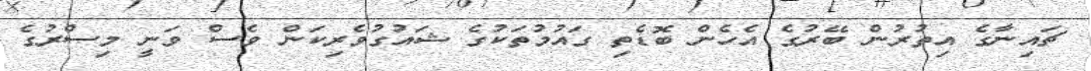
ޗައިނާގެ އިތުރުން ބޭރުގެ އެހެން ބޮޑެތި ގައުމުތަކުގެ ޝައުގުވެރިކަން ވެސް ވަނީ މިސްރުގެ